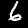
Label: 6